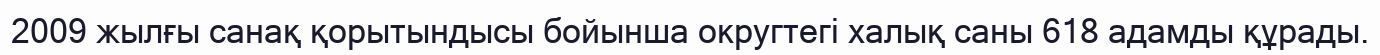
2009 жылғы санақ қорытындысы бойынша округтегі халық саны 618 адамды құрады.